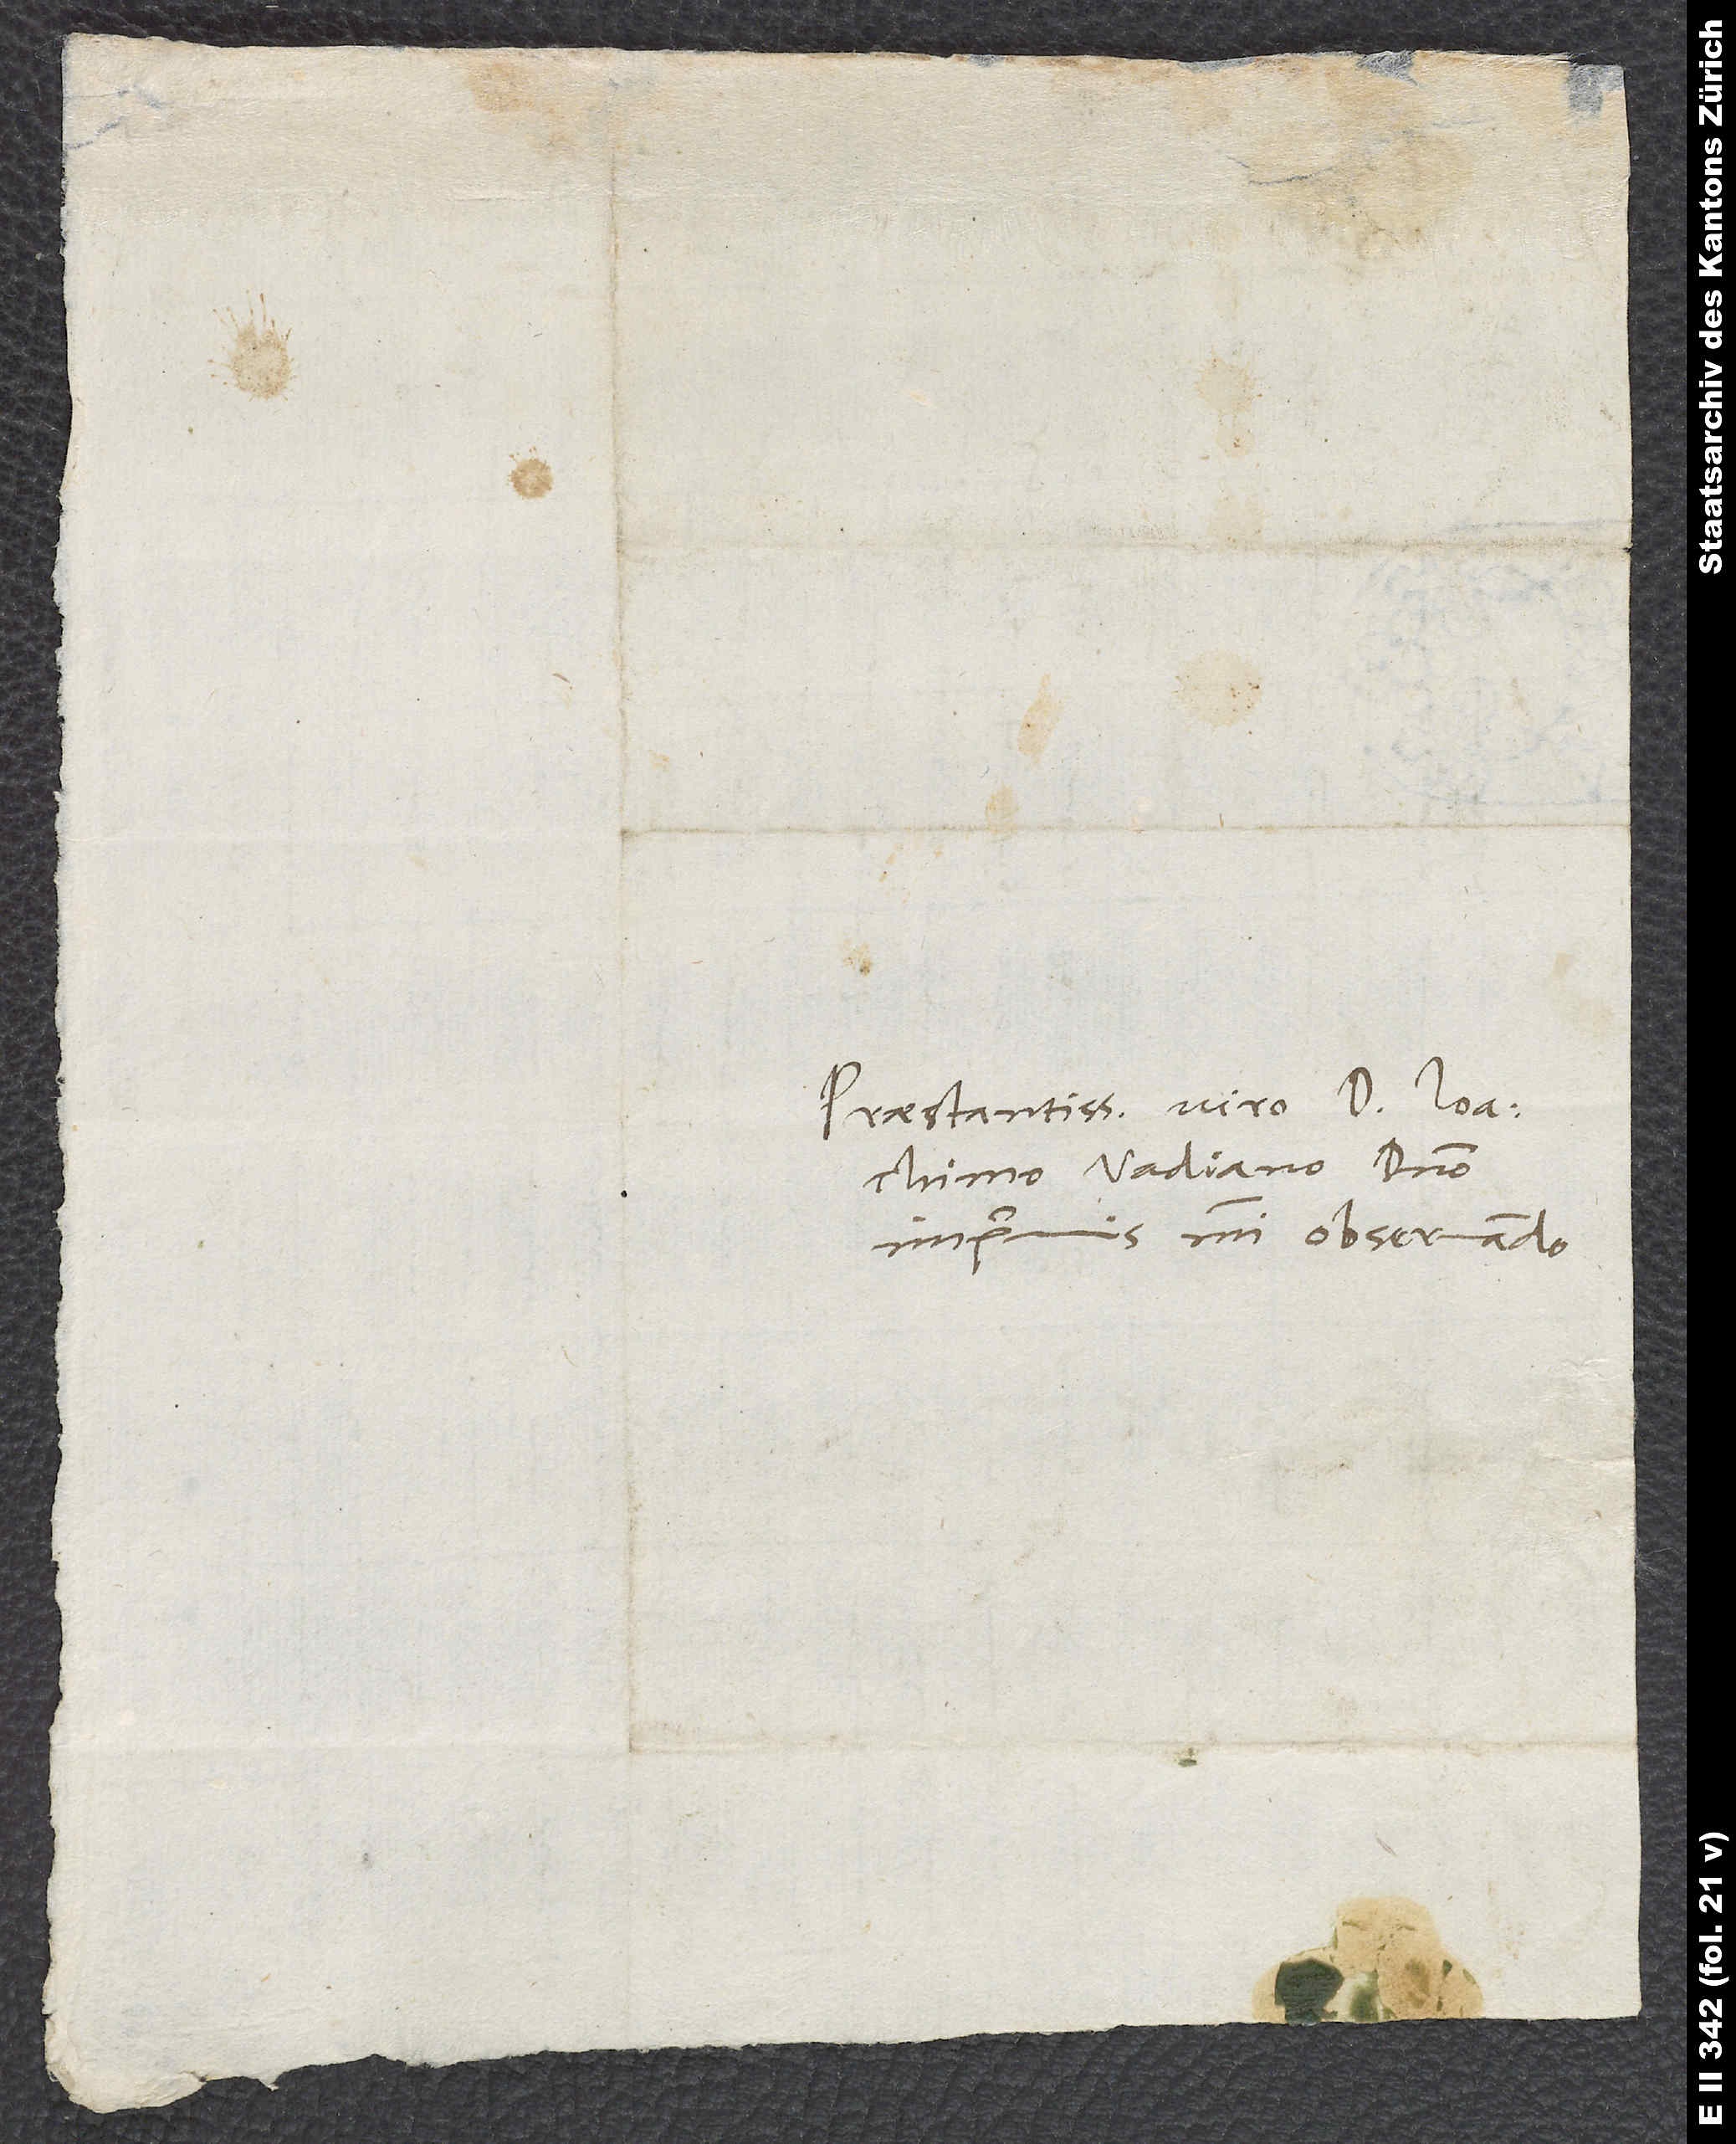
Praestantissimo viro D. Ioachimo
Vadiano, domino
imprimis mihi observando.